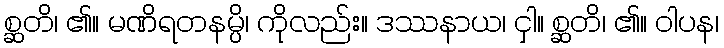
စ္ဆတိ၊ ၏။ မဏိရတနမ္ပိ၊ ကိုလည်း။ ဒဿနာယ၊ ငှါ။ စ္ဆတိ၊ ၏။ ဝါပန၊